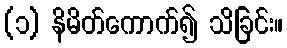
(၁) နိမိတ်ကောက်၍ သိခြင်း။